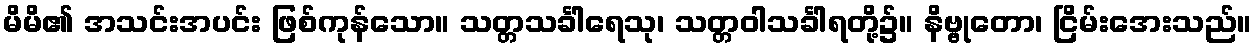
မိမိ၏ အသင်းအပင်း ဖြစ်ကုန်သော။ သတ္တသင်္ခါရေသု၊ သတ္တဝါသင်္ခါရတို့၌။ နိဗ္ဗုတော၊ ငြိမ်းအေးသည်။